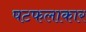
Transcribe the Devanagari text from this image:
षटफलाकार